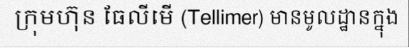
ក្រុមហ៊ុន ធែលីមើ (Tellimer) មានមូលដ្ឋានក្នុង